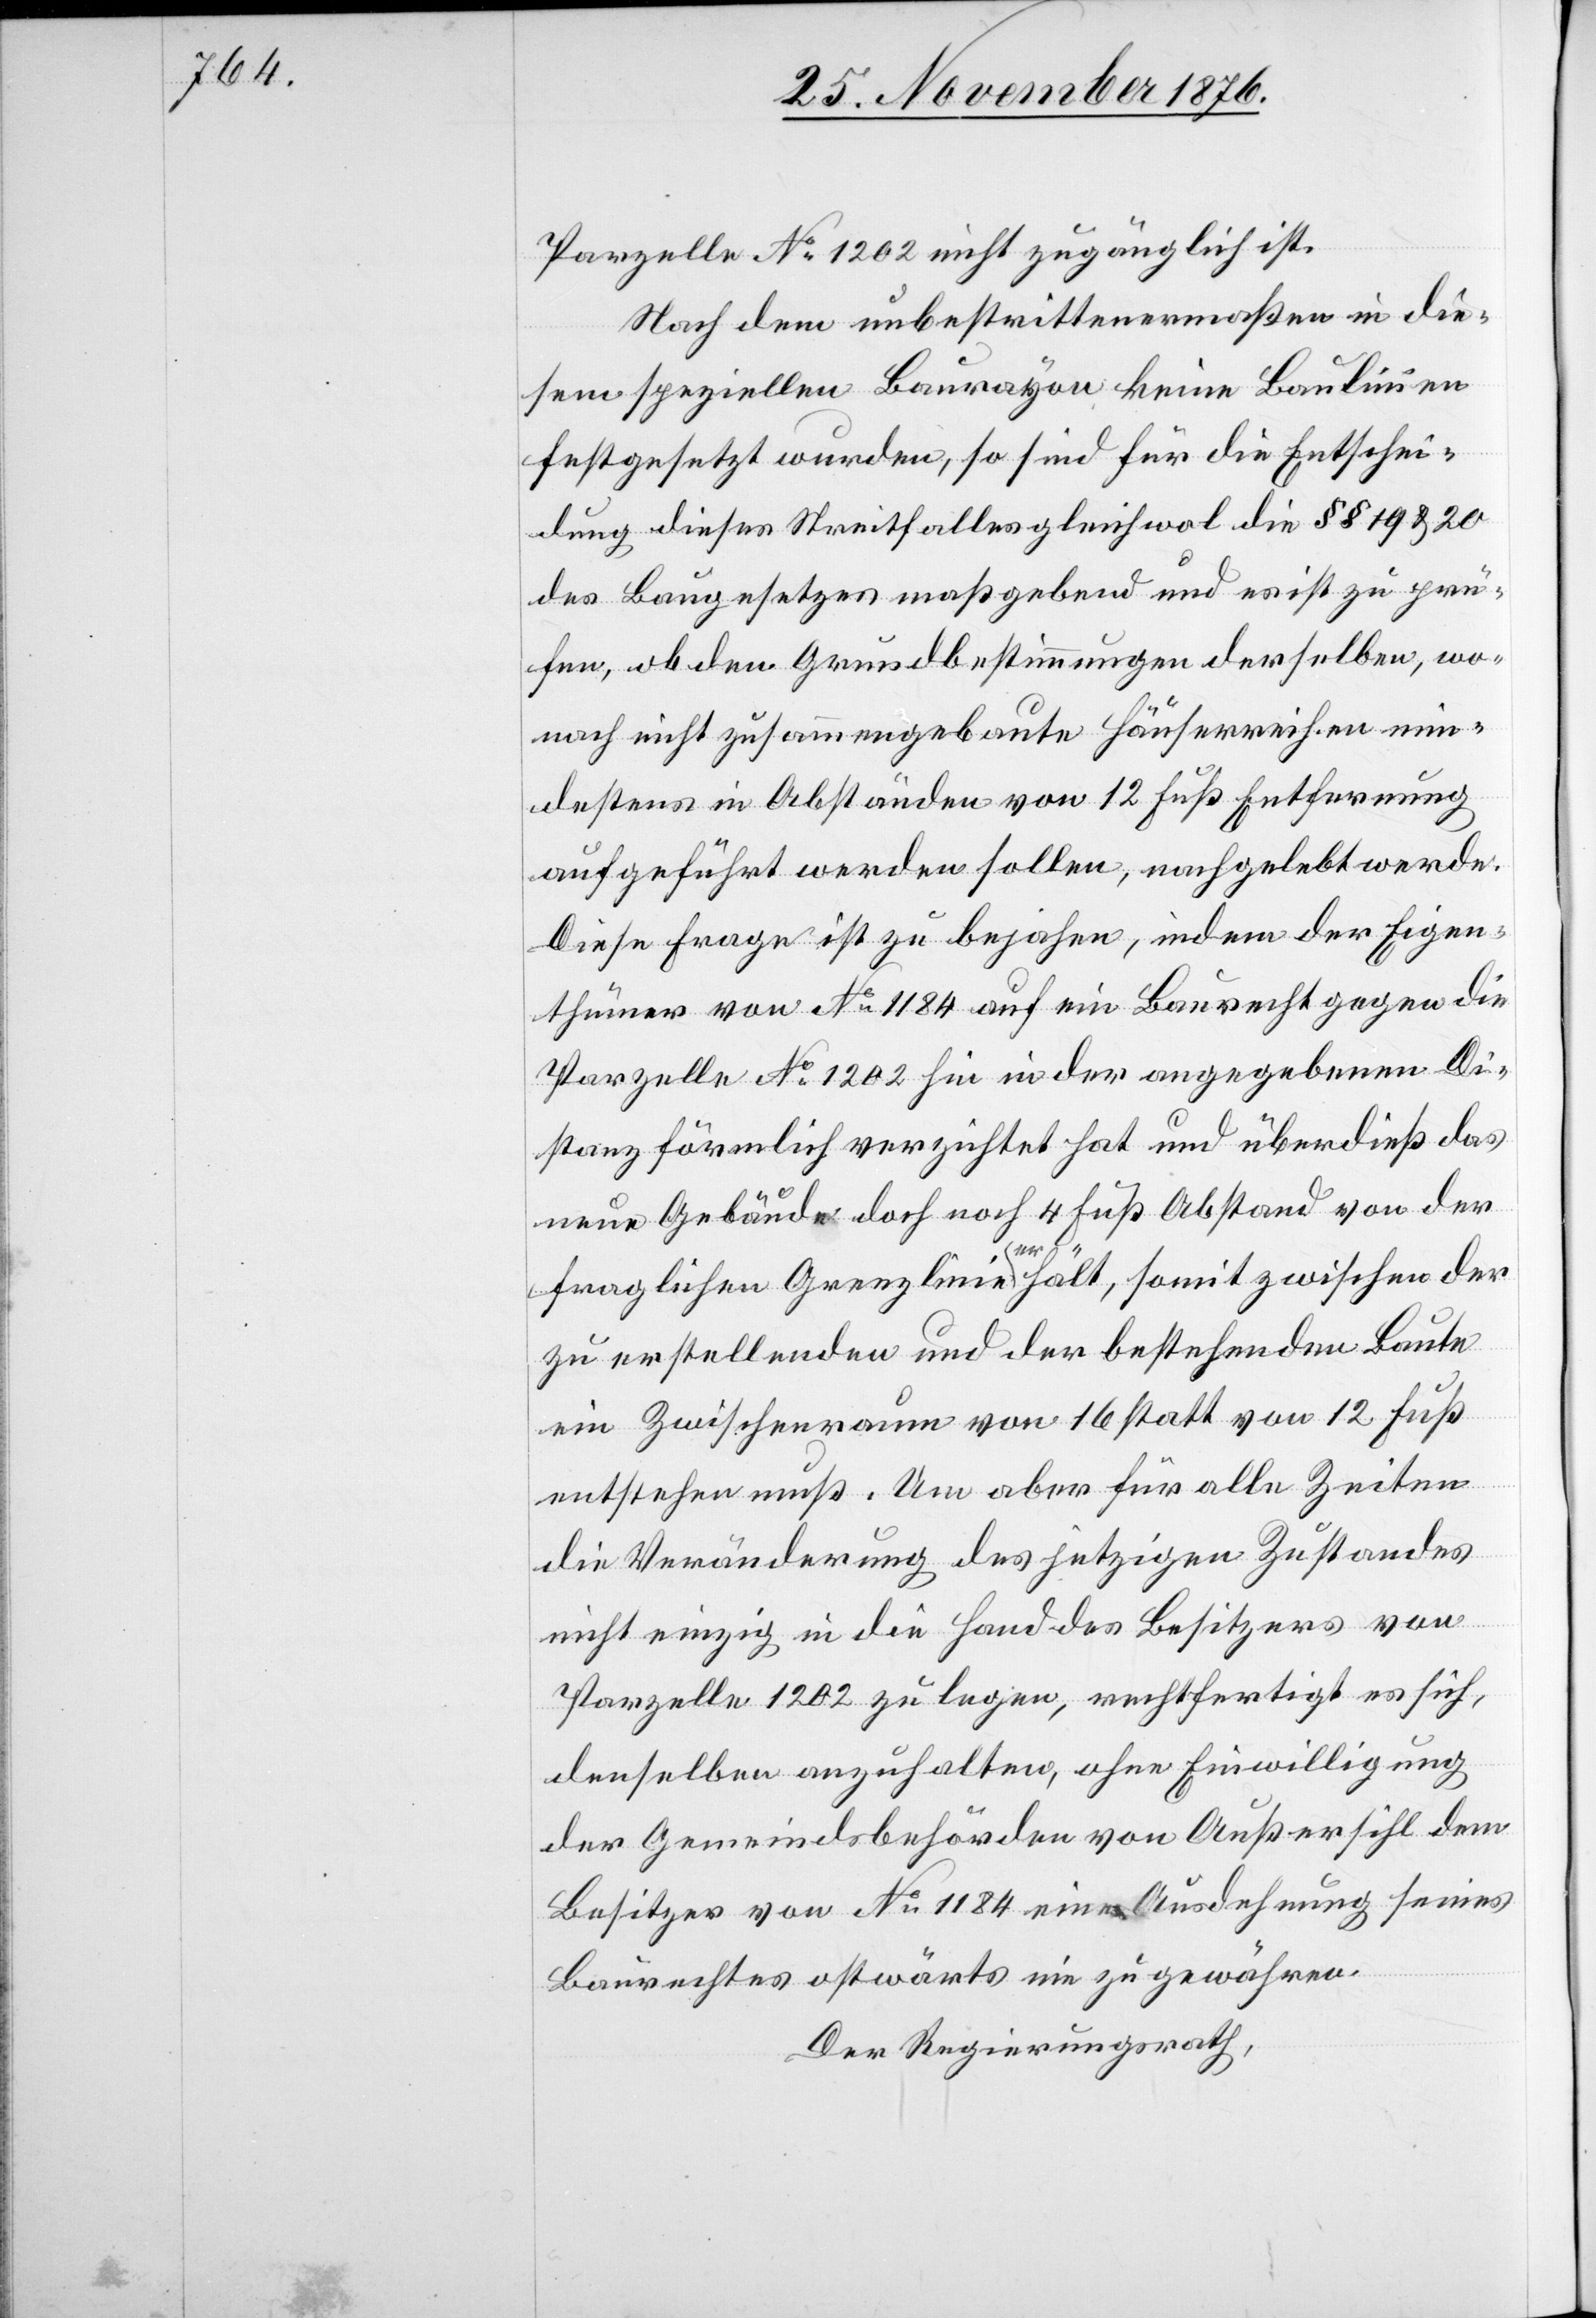
Parzelle No 1202 nicht zugänglich ist.
Nachdem unbestrittenermaßen in die¬
sem speziellen Baurayon keine Baulinien
festgesetzt wurde, so sind für die Entschei¬
dung dieses Streitfalles gleichwohl die §§ 19 & 20
des Baugesetzes maßgebend und es ist zu prü¬
fen, ob den Grundbestimmungen derselben, wo¬
nach nicht zusammengebaute Häuserreihen min¬
destens in Abständen von 12 Fuß Entfernung
aufgeführt werden sollen, nachgelebt werde.
Diese Frage ist zu bejahen, indem der Eigen¬
thümer von No 1184 auf ein Baurecht gegen die
Parzelle No 1202 hin in der angegebenen Di¬
stanz förmlich verzichtet hat und überdieß das
neue Gebäude doch noch 4 Fuß Abstand von der
fraglichen Grenzlinie erhält, somit zwischen der
zu erstellenden und der bestehenden Baute
ein Zwischenraum von 16 statt von 12 Fuß
entstehen muß. Um aber für alle Zeiten
die Veränderung des jetzigen Zustandes
nicht einzig in die Hand des Besitzers von
Parzelle 1202 zu legen, rechtfertigt es sich,
denselben anzuhalten, ohne Einwilligung
der Gemeindsbehörden von Außersihl dem
Besitzer von No 1184 eine Ausdehnung seines
Baurechtes ostwärts nie zu gewähren.
Der Regierungsrath,